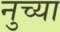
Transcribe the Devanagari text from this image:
नुच्या